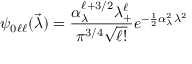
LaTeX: \psi _ { 0 \ell \ell } ( \vec { \lambda } ) = { \frac { \alpha _ { \lambda } ^ { \ell + 3 / 2 } \lambda _ { + } ^ { \ell } } { { \pi ^ { 3 / 4 } } \sqrt { \ell ! } } } e ^ { - { \frac { 1 } { 2 } } \alpha _ { \lambda } ^ { 2 } \lambda ^ { 2 } }